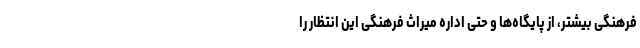
فرهنگی بیشتر، از پایگاه‌ها و حتی اداره میراث فرهنگی این انتظار را